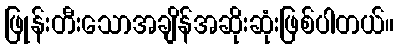
ဖြုန်းတီးသောအချိန်အဆိုးဆုံးဖြစ်ပါတယ်။